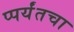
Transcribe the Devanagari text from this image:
प्पर्यंतचा